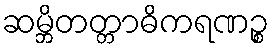
ဆမ္ဘိတတ္တာဓိကရဏဉ္စ